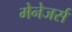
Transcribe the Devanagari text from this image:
मेनेजर्स